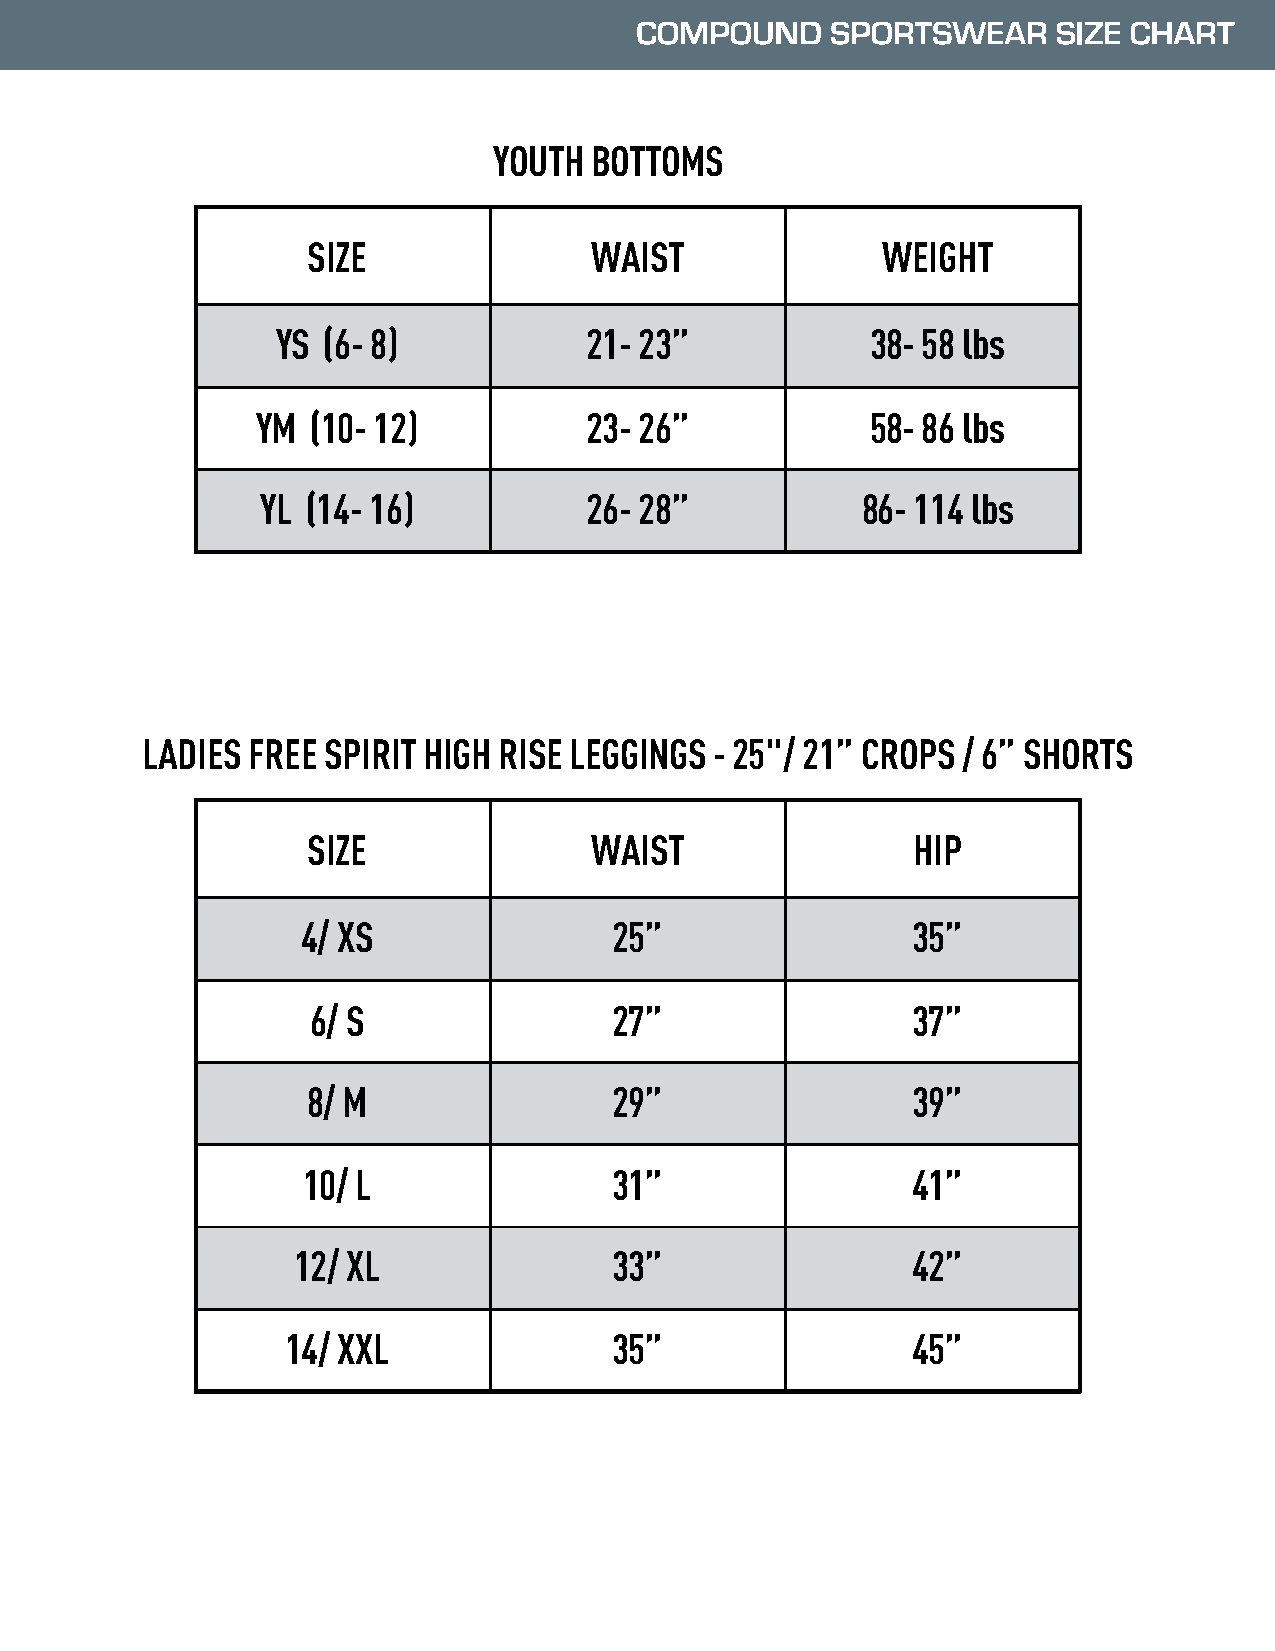
YOUTH BOTTOMS
 SIZE               WAIST              WEIGHT
 YS (6- 8)            21- 23”            38- 58 lbs
 YM  (10- 12)          23- 26”            58- 86 lbs
 YL (14- 16)           26- 28”           86- 114 lbs
 LADIES FREE SPIRIT HIGH RISE LEGGINGS - 25"/ 21” CROPS / 6” SHORTS
 SIZE               WAIST                HIP
 4/ XS                25”                35”
 6/ S                27”                37”
 8/ M                 29”                39”
 10/ L                31”                41”
 12/ XL                33”                42”
 14/ XXL               35”                45”